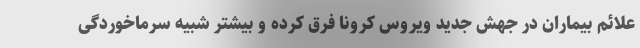
علائم بیماران در جهش جدید ویروس کرونا فرق کرده و بیشتر شبیه سرماخوردگی